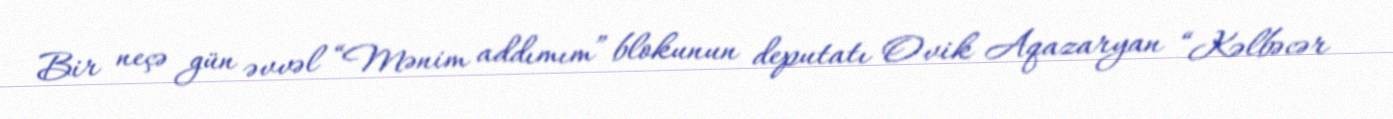
Bir neçə gün əvvəl “Mənim addımım” blokunun deputatı Ovik Aqazaryan “Kəlbəcər